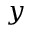
y